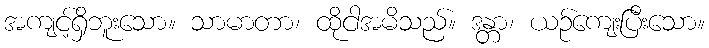
အကျင့်ရှိဘူးသော။ သာမာတာ၊ ထိုငါအမိသည်။ ဒန္တာ၊ ယဉ်ကျေးပြီးသော။